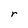
Character: r